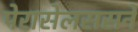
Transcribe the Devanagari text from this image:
पेरासेलससने